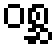
ဝစ္ဆ